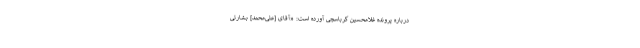
درباره پرونده غلامحسین کرباسچی آورده است: «آقاى [علی‌محمد] بشارتى